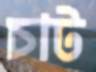
চাট